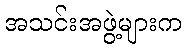
အသင်းအဖွဲ့များက